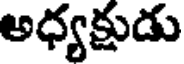
అధ్యక్షుడు